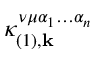
\kappa _ { ( 1 ) , \mathbf { k } } ^ { \nu \mu \alpha _ { 1 } \hdots \alpha _ { n } }